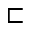
\sqsubset